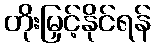
တိုးမြှင့်နိုင်ရန်